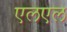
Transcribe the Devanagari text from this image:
एलएल